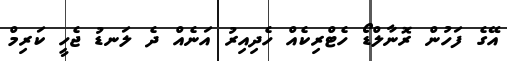
އޭގެ ފަހުން ރޮނާލްޑޯ ހެޓްރިކެއް ހެދިއިރު އަނެއް ދެ ލަނޑު ޖެހީ ކަރިމް